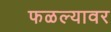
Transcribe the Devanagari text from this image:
फळल्यावर